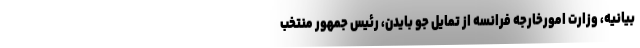
بیانیه، وزارت امورخارجه فرانسه از تمایل جو بایدن، رئیس جمهور منتخب